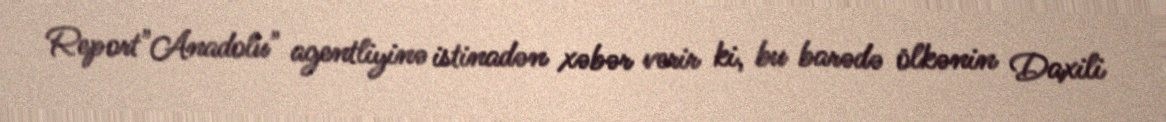
Report"Anadolu" agentliyinə istinadən xəbər verir ki, bu barədə ölkənin Daxili